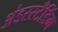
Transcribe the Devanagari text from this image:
अंडरस्टँडिंग